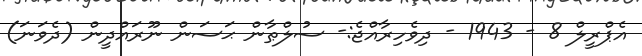
އެޕްރީލް 8 - 1943 - ދިވެހިރާއްޖެ:- ސުލްޠާން ޙަސަން ނޫރައްދީން (ދެވަނަ)